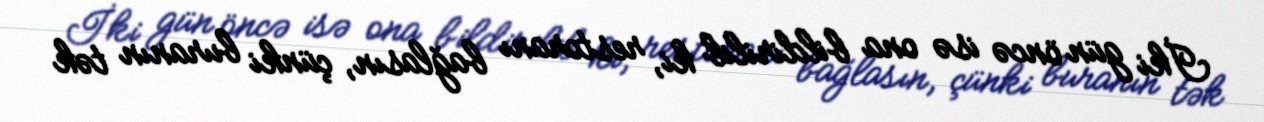
İki gün öncə isə ona bildirilib ki, restoranı bağlasın, çünki buranın tək